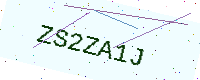
Text: ZS2ZA1J